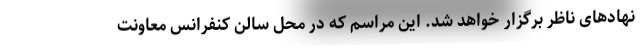
نهادهای ناظر برگزار خواهد شد. این مراسم که در محل سالن کنفرانس معاونت